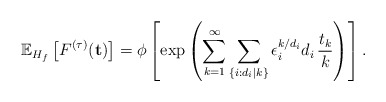
\begin{align*}\mathbb{E}_{H_f}\left[ F^{(\tau)}(\textbf{t}) \right] = \phi \left[\exp\left( \sum_{k=1}^\infty \sum_{\{i: d_i|k\}}\epsilon_i^{k/d_i}d_i \, \frac{t_k}{k} \right)\right].\end{align*}